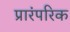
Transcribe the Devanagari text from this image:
प्रारंपरिक